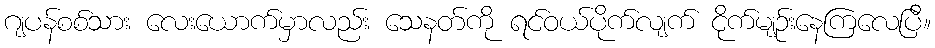
ဂျပန်စစ်သား လေးယောက်မှာလည်း သေနတ်ကို ရင်ဝယ်ပိုက်လျက် ငိုက်မျဉ်းနေကြလေပြီ။